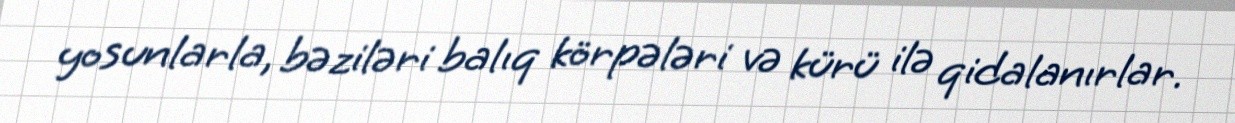
yosunlarla, bəziləri balıq körpələri və kürü ilə qidalanırlar.